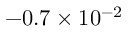
- 0 . 7 \times 1 0 ^ { - 2 }